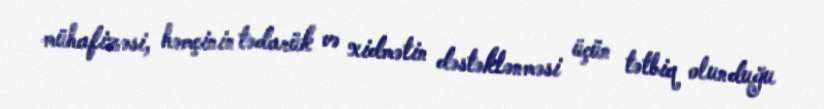
mühafizəsi, həmçinin tədarük və xidmətin dəstəklənməsi üçün tətbiq olunduğu